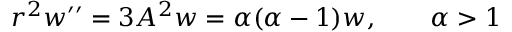
r ^ { 2 } w ^ { \prime \prime } = 3 A ^ { 2 } w = \alpha ( \alpha - 1 ) w , \qquad \alpha > 1